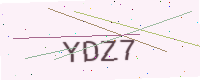
Text: YDZ7